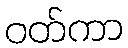
ဝတ်ကာ